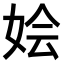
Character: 𫰢